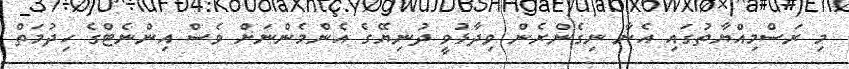
މި ރަސްމިއްޔާތުގައި އެނާ ނިގެންރެން ވިދާޅުވީ ދުނިޔޭގެ އެންމެންނަށް ވެސް އިންނެޓްގެ ހިދުމަތް